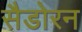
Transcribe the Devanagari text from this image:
सैडोरन